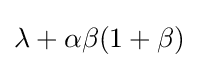
\lambda +\alpha \beta (1+\beta )